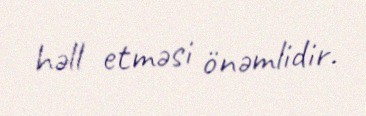
həll etməsi önəmlidir.